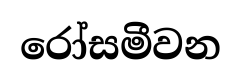
රෝසමීවන